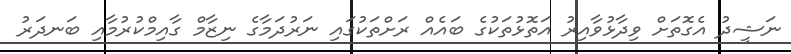
ނަޝީދު އެގޮތަށް ވިދާޅުވާއިރު އަތޮޅުތަކުގެ ބައެއް ރަށްތަކުގައި ނަރުދަމާގެ ނިޒާމް ގާއިމްކުރުމާއި ބަނދަރު